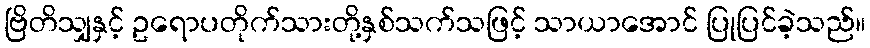
ဗြိတိသျှနှင့် ဥရောပတိုက်သားတို့နှစ်သက်သဖြင့် သာယာအောင် ပြုပြင်ခဲ့သည်။